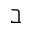
\beth